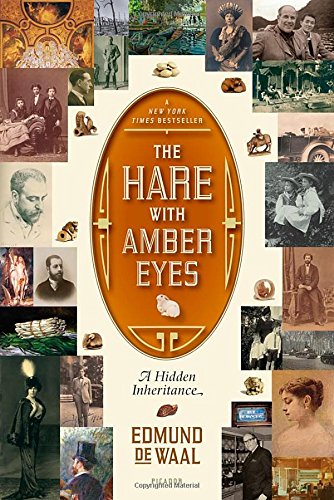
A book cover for The Hare with Amber Eyes: A Hidden Inheritance; Edmund de Waal; Arts & Photography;